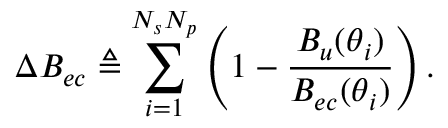
\Delta B _ { e c } \triangleq \sum _ { i = 1 } ^ { N _ { s } N _ { p } } \left( 1 - \frac { B _ { u } ( \boldsymbol \theta _ { i } ) } { B _ { e c } ( \boldsymbol \theta _ { i } ) } \right) .